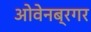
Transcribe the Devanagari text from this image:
ओवेनब्रगर